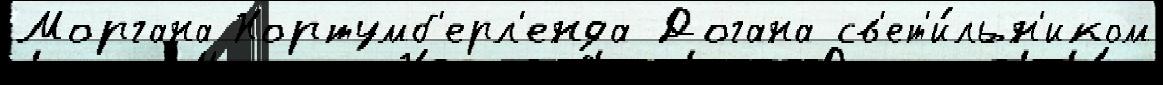
Моргана Нортумб'ерл'енда Догана св'ет'и́льн'иком